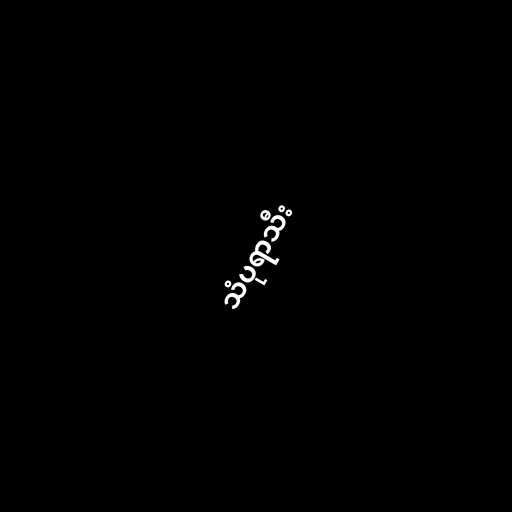
သံပုရာသီး